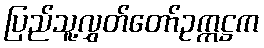
ပြည်သူ့လွှတ်တော်ဥက္ကဋ္ဌက